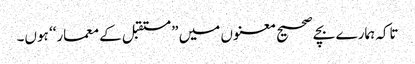
تاکہ ہمارے بچے صحیح معنوں میں ”مستقبل کے معمار‘‘ ہوں۔